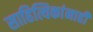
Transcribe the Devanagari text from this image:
साहित्यिकांनाही